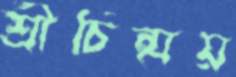
শ্রীচিন্ময়